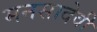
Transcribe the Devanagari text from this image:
मनसादेवी